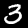
Label: 3